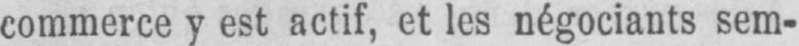
commerce y est actif, et les négociants sem-